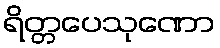
ရိတ္တပေသုဏော